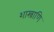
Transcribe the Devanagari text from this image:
शास्त्राणि